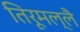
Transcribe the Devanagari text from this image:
तिरूमल्लै